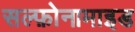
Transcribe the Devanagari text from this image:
सल्फ़ोनामाइड